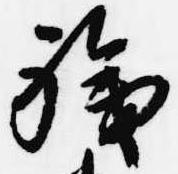
職